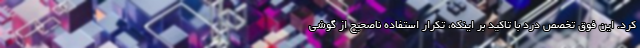
کرد. این فوق تخصص درد با تاکید بر اینکه، تکرار استفاده ناصحیح از گوشی